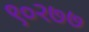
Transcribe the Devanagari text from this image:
९०२७७